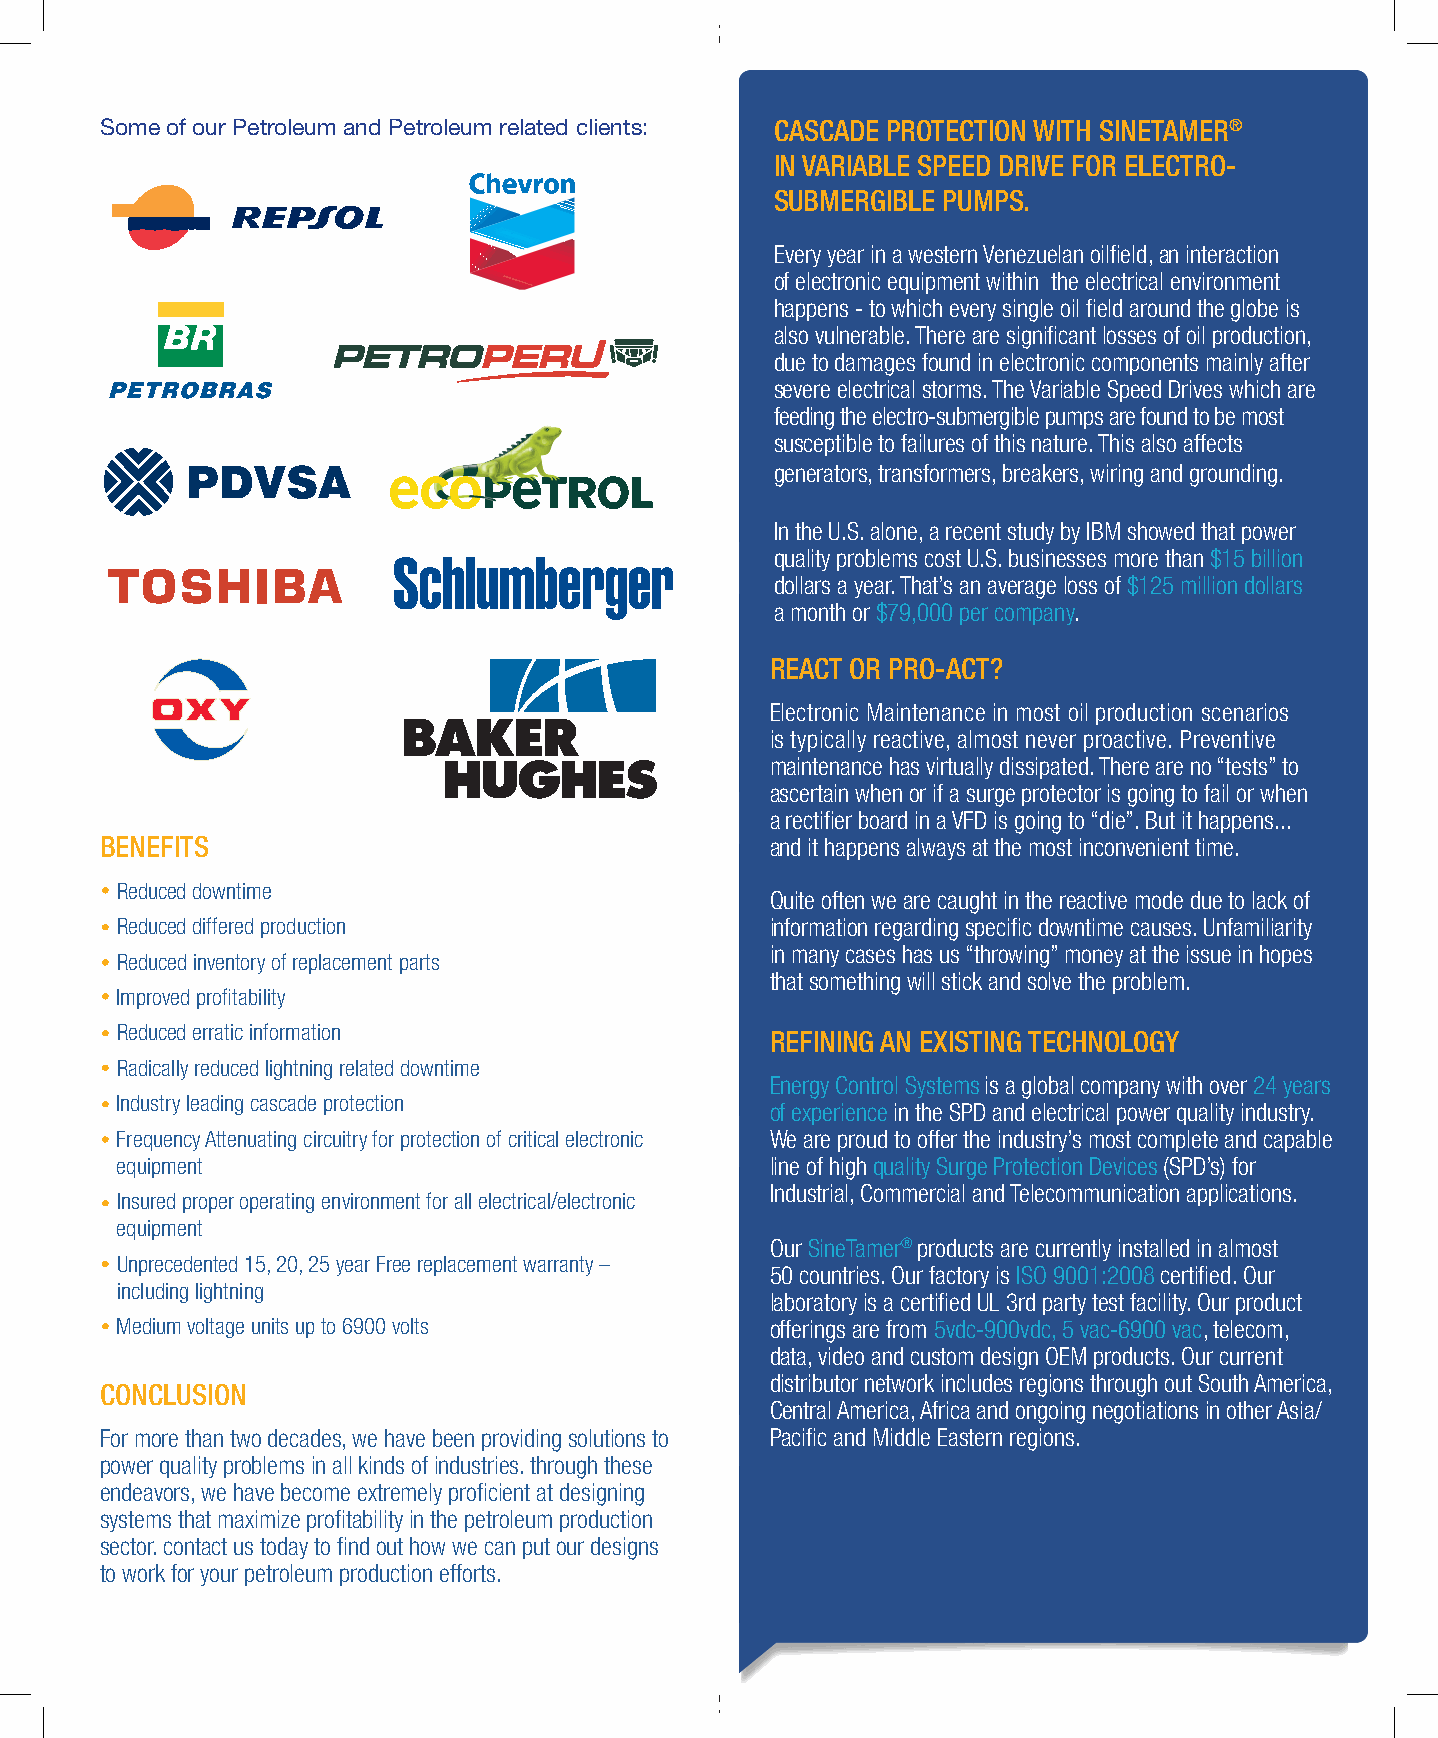
Some of our Petroleum and Petroleum related clients: CASCADE PROTECTION WITH SINETAMER®
 IN VARIABLE SPEED DRIVE FOR ELECTRO-
 SUBMERGIBLE PUMPS.
 Every year in a western Venezuelan oilfield, an interaction
 of electronic equipment within the electrical environment
 happens - to which every single oil field around the globe is
 also vulnerable. There are significant losses of oil production,
 due to damages found in electronic components mainly after
 severe electrical storms. The Variable Speed Drives which are
 feeding the electro-submergible pumps are found to be most
 susceptible to failures of this nature. This also affects
 generators, transformers, breakers, wiring and grounding.
 In the U.S. alone, a recent study by IBM showed that power
 quality problems cost U.S. businesses more than $15 billion
 dollars a year. That’s an average loss of $125 million dollars
 a month or $79,000 per company.
 REACT OR PRO-ACT?
 Electronic Maintenance in most oil production scenarios
 is typically reactive, almost never proactive. Preventive
 maintenance has virtually dissipated. There are no “tests” to
 ascertain when or if a surge protector is going to fail or when
 a rectifier board in a VFD is going to “die”. But it happens...
 BENEFITS                                    and it happens always at the most inconvenient time.
 Reduced downtime
 Quite often we are caught in the reactive mode due to lack of
 Reduced differed production                information regarding specific downtime causes. Unfamiliarity
 in many cases has us “throwing” money at the issue in hopes
 Reduced inventory of replacement parts
 that something will stick and solve the problem.
 Improved profitability
 Reduced erratic information
 REFINING AN EXISTING TECHNOLOGY
 Radically reduced lightning related downtime
 Energy Control Systems is a global company with over 24 years
 Industry leading cascade protection
 of experience in the SPD and electrical power quality industry.
 Frequency Attenuating circuitry for protection of critical electronic We are proud to offer the industry’s most complete and capable
 equipment                                  line of high quality Surge Protection Devices (SPD’s) for
 Industrial, Commercial and Telecommunication applications.
 Insured proper operating environment for all electrical/electronic
 equipment
 Our SineTamer® products are currently installed in almost
 Unprecedented 15, 20, 25 year Free replacement warranty –
 50 countries. Our factory is ISO 9001:2008 certified. Our
 including lightning
 laboratory is a certified UL 3rd party test facility. Our product
 Medium voltage units up to 6900 volts      offerings are from 5vdc-900vdc, 5 vac-6900 vac, telecom,
 data, video and custom design OEM products. Our current
 distributor network includes regions through out South America,
 CONCLUSION
 Central America, Africa and ongoing negotiations in other Asia/
 For more than two decades, we have been providing solutions to Pacific and Middle Eastern regions.
 power quality problems in all kinds of industries. through these
 endeavors, we have become extremely proficient at designing
 systems that maximize profitability in the petroleum production
 sector. contact us today to find out how we can put our designs
 to work for your petroleum production efforts.